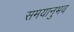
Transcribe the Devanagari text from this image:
समयानुभव